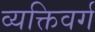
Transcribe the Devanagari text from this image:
व्यक्तिवर्ग